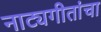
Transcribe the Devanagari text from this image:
नाट्यगीतांचा